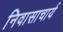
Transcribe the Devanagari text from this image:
निवासाचार्य